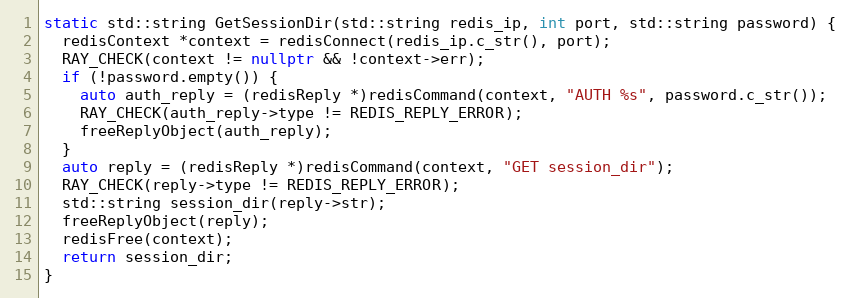
Language: C++
static std::string GetSessionDir(std::string redis_ip, int port, std::string password) {
  redisContext *context = redisConnect(redis_ip.c_str(), port);
  RAY_CHECK(context != nullptr && !context->err);
  if (!password.empty()) {
    auto auth_reply = (redisReply *)redisCommand(context, "AUTH %s", password.c_str());
    RAY_CHECK(auth_reply->type != REDIS_REPLY_ERROR);
    freeReplyObject(auth_reply);
  }
  auto reply = (redisReply *)redisCommand(context, "GET session_dir");
  RAY_CHECK(reply->type != REDIS_REPLY_ERROR);
  std::string session_dir(reply->str);
  freeReplyObject(reply);
  redisFree(context);
  return session_dir;
}